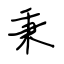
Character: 秉